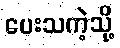
ပေးသကဲ့သို့